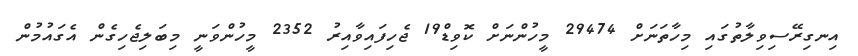
އިނގިރޭސިވިލާތުގައި މިހާތަނަށް 29474 މީހުންނަށް ކޮވިޑް19 ޖެހިފައިވާއިރު 2352 މީހުންވަނީ މިބަލިޖެހިގެން އެގައުމުން